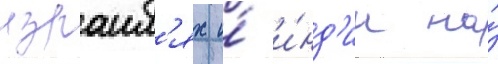
израил'ях и́ и́нд'ии на́